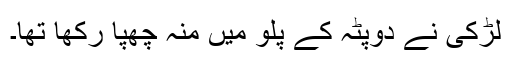
لڑکی نے دوپٹہ کے پلو میں منہ چھپا رکھا تھا۔